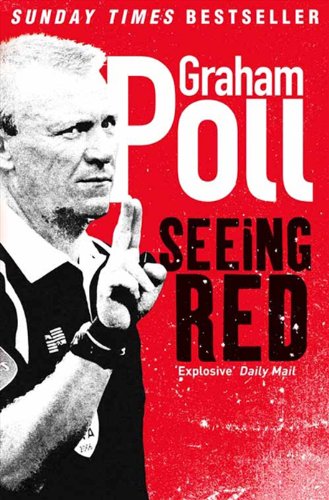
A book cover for Seeing Red; Graham Poll; Biographies & Memoirs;